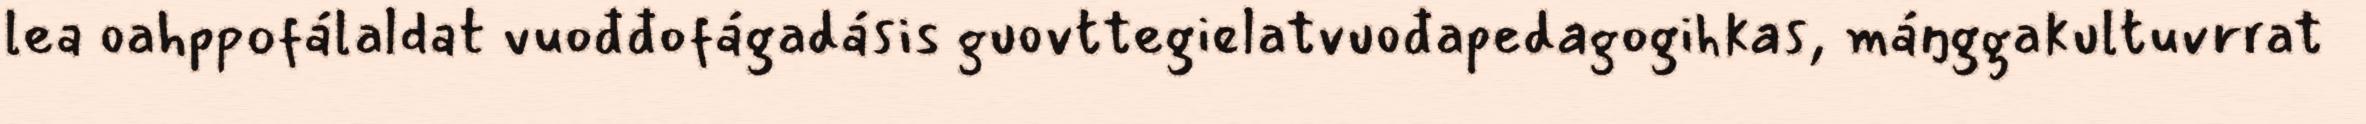
lea oahppofálaldat vuođđofágadásis guovttegielatvuođapedagogihkas, máŋggakultuvrrat